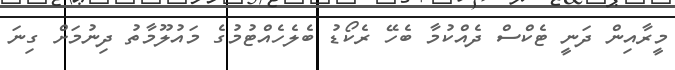
މީރާއިން ދަނީ ޓެކްސް ދެއްކުމާ ބެހޭ ރެކޯޑު ބެލެހެއްޓުމުގެ މައުލޫމާތު ދިނުމަށް ގިނަ